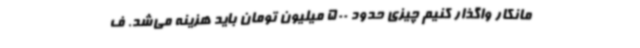
مانکار واگذار کنیم چیزی حدود 500 میلیون تومان باید هزینه می‌شد. ف